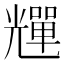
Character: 𠓊